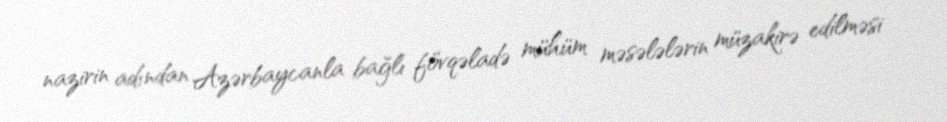
nazirin adından Azərbaycanla bağlı fövqəladə mühüm məsələlərin müzakirə edilməsi